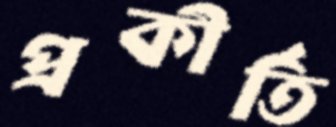
প্রকীর্তি